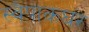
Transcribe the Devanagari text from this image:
स्वैपाकघर